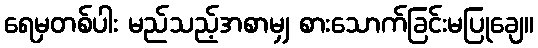
ရေမှတစ်ပါး မည်သည့်အစာမျှ စားသောက်ခြင်းမပြုချေ။